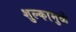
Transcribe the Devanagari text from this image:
शुल्कामुळे